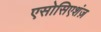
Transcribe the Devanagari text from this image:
एसोसिएशंज़